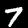
Digit: 7